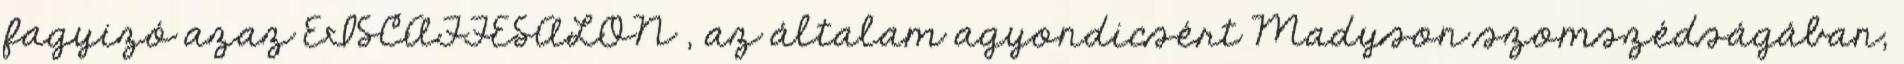
fagyizó azaz EISCAFFESALON , az általam agyondicsért Madyson szomszédságában,